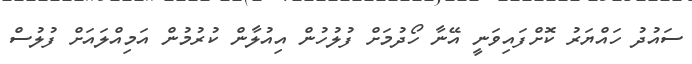
ސައުދު ހައްޔަރު ކޮށްފައިވަނީ އޭނާ ހޯދުމަށް ފުލުހުން އިއުލާން ކުރުމުން އަމިއްލައަށް ފުލުސް